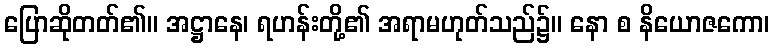
ပြောဆိုတတ်၏။ အဋ္ဌာနေ၊ ရဟန်းတို့၏ အရာမဟုတ်သည်၌။ နော စ နိယောဇကော၊